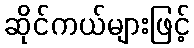
ဆိုင်ကယ်များဖြင့်